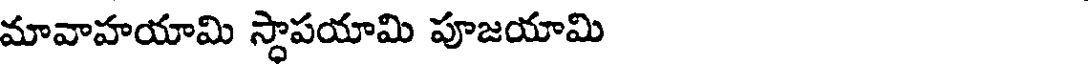
మావాహయామి స్థాపయామి పూజయామి